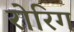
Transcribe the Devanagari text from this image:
रोरिग